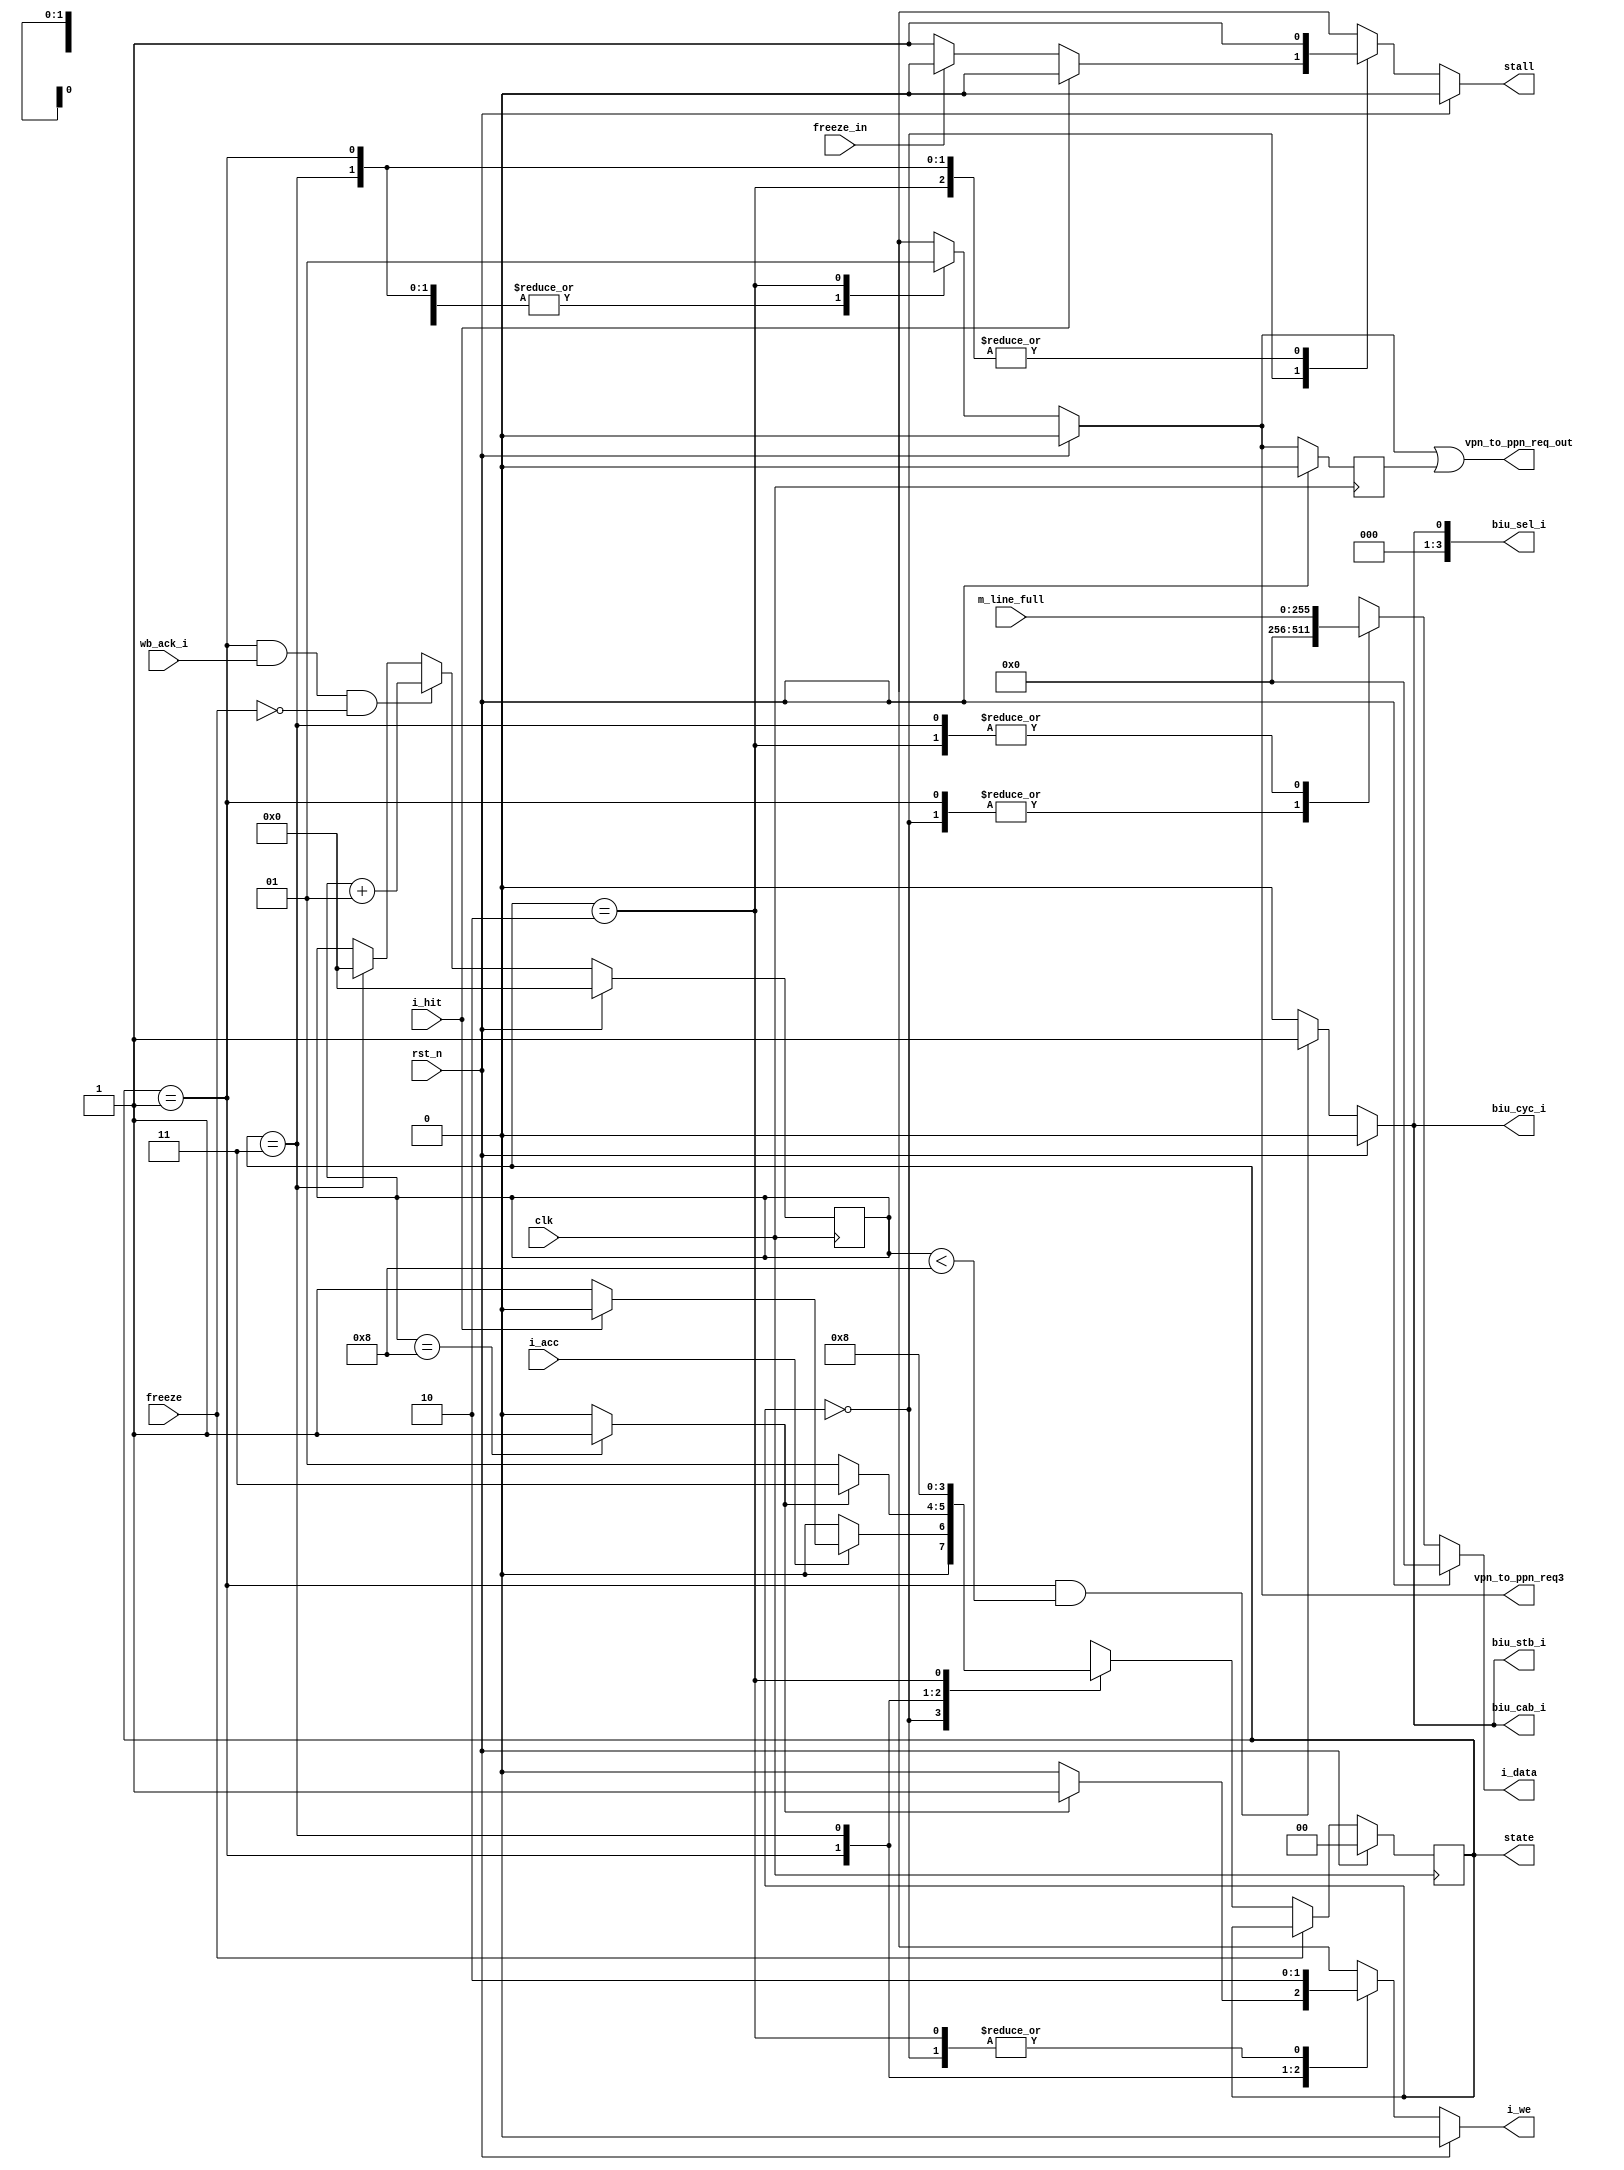
//******************************************************************************
// Copyright (c) 2014 - 2018, 2019 - 2021, Indian Institute of Science, Bangalore.
// All Rights Reserved. See LICENSE for license details.
//------------------------------------------------------------------------------

// Contributors
// Naveen Chander V (naveenv@alum.iisc.ac.in)
// Akshay Birari (akshay@alum.iisc.ac.in), Piyush Birla (piyush@alum.iisc.ac.in)
// Suseela Budi (suseela@alum.iisc.ac.in), Pradeep Gupta (gupta@alum.iisc.ac.in)
// Kavya Sharat (kavyasharat@alum.iisc.ac.in), Sumeet Bandishte (sumeet.bandishte30@gmail.com)
// Kuruvilla Varghese (kuru@iisc.ac.in)
`timescale 1ns / 1ps

module cachefsm
(
clk, rst_n, freeze, freeze_in, i_hit, m_line_full,
`ifdef itlb_def
 tag_hit,
`endif 
i_acc, i_we, i_data,
state, stall, vpn_to_ppn_req_out, vpn_to_ppn_req3, biu_cyc_i, biu_stb_i, biu_cab_i,
wb_ack_i, biu_sel_i   );
 
input clk,freeze, freeze_in, rst_n, i_hit, i_acc, wb_ack_i;
input[255:0] m_line_full;
output reg i_we;
output reg [255:0] i_data;
output reg biu_cyc_i,biu_stb_i,biu_cab_i;
//output reg[31:0] addr_latch;
output reg [3:0]biu_sel_i;
output reg[1:0] state;
output reg stall;
output vpn_to_ppn_req_out;
output reg vpn_to_ppn_req3;
reg vpn_to_ppn_req4;

`ifdef itlb_def
input tag_hit;
`endif 

wire mem_rdy;
reg[1:0] nextState;
reg [31:0] temp1,temp2,temp3,temp4;

integer count;
/* State Definitions*/
localparam START = 2'b00;//0;
localparam WAIT4read = 2'b10;
localparam SERVICE_MISS = 2'b01;
localparam WAIT4 = 2'b11;

//------------Assign logic--------------
assign mem_rdy = (count==8)?1:0;
assign vpn_to_ppn_req_out = (vpn_to_ppn_req3 || vpn_to_ppn_req4);
 
/* Clock state changes and handle reset */
always @(posedge clk)
    begin
    if(rst_n) 
        begin
        state <= START;
        end 
    else if((freeze==0) )//|| (freeze && (state==START)))
        begin
         //state <= #2 nextState;
         state <= nextState;
        end
    end

/* FSM Logic */
always @(*) 
    begin 
    if(rst_n)
        begin
        i_we <= 1'b0;
        i_data <= 0;        
        stall <= 1'b0;
        nextState <= START; 
        vpn_to_ppn_req3 <= 1'b0;
        end    
    else 
        begin
        case(state)
        START: 
            begin
            i_we<=0;
            i_data <= 0;
            temp2<=0;
            temp3<=0;
            temp4<=0;
            i_we<=0;   
            vpn_to_ppn_req3 <= 1'b0;
            if(i_hit)
                stall <=1'b0;
            else if(~freeze_in)
                stall <=1'b1;
            else                 
                stall <=1'b0;

            `ifdef itlb_def       
            if(tag_hit)
            `else       
            if(i_acc)
            `endif
                begin
                if(i_hit)
                nextState<=START;
                else
                nextState<= SERVICE_MISS;
                end        
            else 
                nextState<=START;
            end      
                  
         SERVICE_MISS: 
            begin            
            stall <=1'b1;
            vpn_to_ppn_req3 <= 1'b0;
            if(mem_rdy)             
                begin                 
                i_we<=1;
                i_data <= 0;
                nextState<= WAIT4;               
                end              
            else if(i_acc & !i_hit)
                begin // Hold the inputs to unified mem
                i_we<=0;                
                i_data <= 0;
                nextState <= SERVICE_MISS;            
                end
            else           
                begin            
                nextState <= SERVICE_MISS;
                i_we<=0;
                i_data <= 0;
                end           
            end            
            
        WAIT4:
            begin
            i_we<=1'b1;
            nextState<=WAIT4read;//WAIT5;            
            i_data<=m_line_full;            
            stall <=1'b1;
            vpn_to_ppn_req3 <= 1'b0;
            end
                        
        WAIT4read:
            begin
            i_we<=1'b0;
            nextState<=START;//WAIT5;            
            i_data<=m_line_full;            
            stall <=1'b1;
            vpn_to_ppn_req3 <= 1'b1;
            end
            
        default: 
            begin 
            i_data<=0;
            i_we<=1'b0;
            stall <=1'b0;
            vpn_to_ppn_req3 <= 1'b0;
            nextState<=START;       
            // Leave everything at their defaults (see top)
            end
        endcase
        end
    end
    
always@(posedge clk )
    begin
    if(rst_n)
        count<=0;
    else
        begin
        if(state==SERVICE_MISS && ((wb_ack_i==1)) && (freeze==0))
            count<=count+1;
        else   
        if(state==WAIT4)
            count<=0;    
        else
            count<=count;
        end    
    end


always@(posedge clk)
    begin
    if(rst_n)
    vpn_to_ppn_req4 <=0;
    else 
    vpn_to_ppn_req4 <= vpn_to_ppn_req3;
    end


always@(*)
    begin
    if(rst_n)
        begin
        biu_cyc_i <= 0;
        biu_stb_i <= 0;
        biu_cab_i <= 0;
        biu_sel_i<=4'b0;
        end
    else if(state==SERVICE_MISS && count<8)
        begin
        biu_cyc_i <= 1;
        biu_stb_i <= 1;
        biu_cab_i <= 1;
        biu_sel_i<=4'b1;
        end
    else
        begin
        biu_cyc_i <= 0;
        biu_stb_i <= 0;
        biu_cab_i <= 0;
        biu_sel_i<=4'b0;
        end
    end

//always@(posedge clk)
// count_int<=count;


endmodule